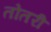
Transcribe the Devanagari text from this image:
तोतरी